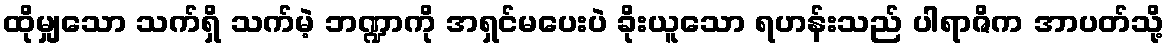
ထိုမျှသော သက်ရှိ သက်မဲ့ ဘဏ္ဍာကို အရှင်မပေးပဲ ခိုးယူသော ရဟန်းသည် ပါရာဇိက အာပတ်သို့